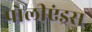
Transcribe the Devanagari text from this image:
पोलीएंड्रस